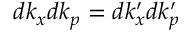
d k _ { x } d k _ { p } = d k _ { x } ^ { \prime } d k _ { p } ^ { \prime }